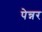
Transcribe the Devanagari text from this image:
पेन्नर